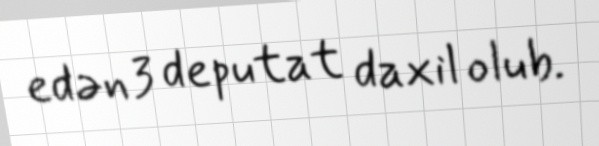
edən 3 deputat daxil olub.